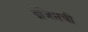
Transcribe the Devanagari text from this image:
ईजिप्तची